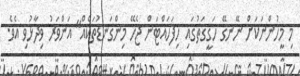
މި މީހުންނަކަށް ނޭނގޭ ހަގީގަތުގައި ހިފަހައްޓަން ޖެހޭ މިންގަނޑުތަކެއް" އަންވަރު ވިދާޅުވި އެވެ.